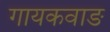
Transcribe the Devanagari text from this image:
गायकवाङ